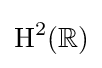
\operatorname {H} ^{2}(\mathbb {R} )